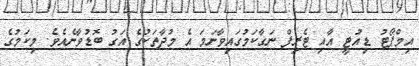
އިމްޕޯޓު ޑިއުޓީ އާއި ޓެރިފް ނަގާކަމުގައިވާނަމަ އެ މުދާތަކުގެ އަގު ބޮޑުވާނެއެވެ. މިކަމުގެ